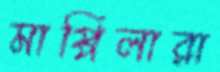
মাপ্পিলারা